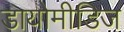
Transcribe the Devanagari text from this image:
डायोमीडिज